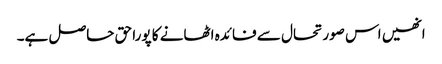
انھیں اس صورتحال سے فائدہ اٹھانے کا پورا حق حاصل ہے۔